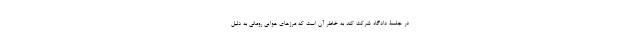
در جلسۀ دادگاه شرکت کند به خاطر آن است که مرزهای هوایی رومانی به دلیل